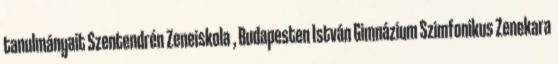
tanulmányait Szentendrén Zeneiskola , Budapesten István Gimnázium Szimfonikus Zenekara